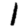
Digit: 1